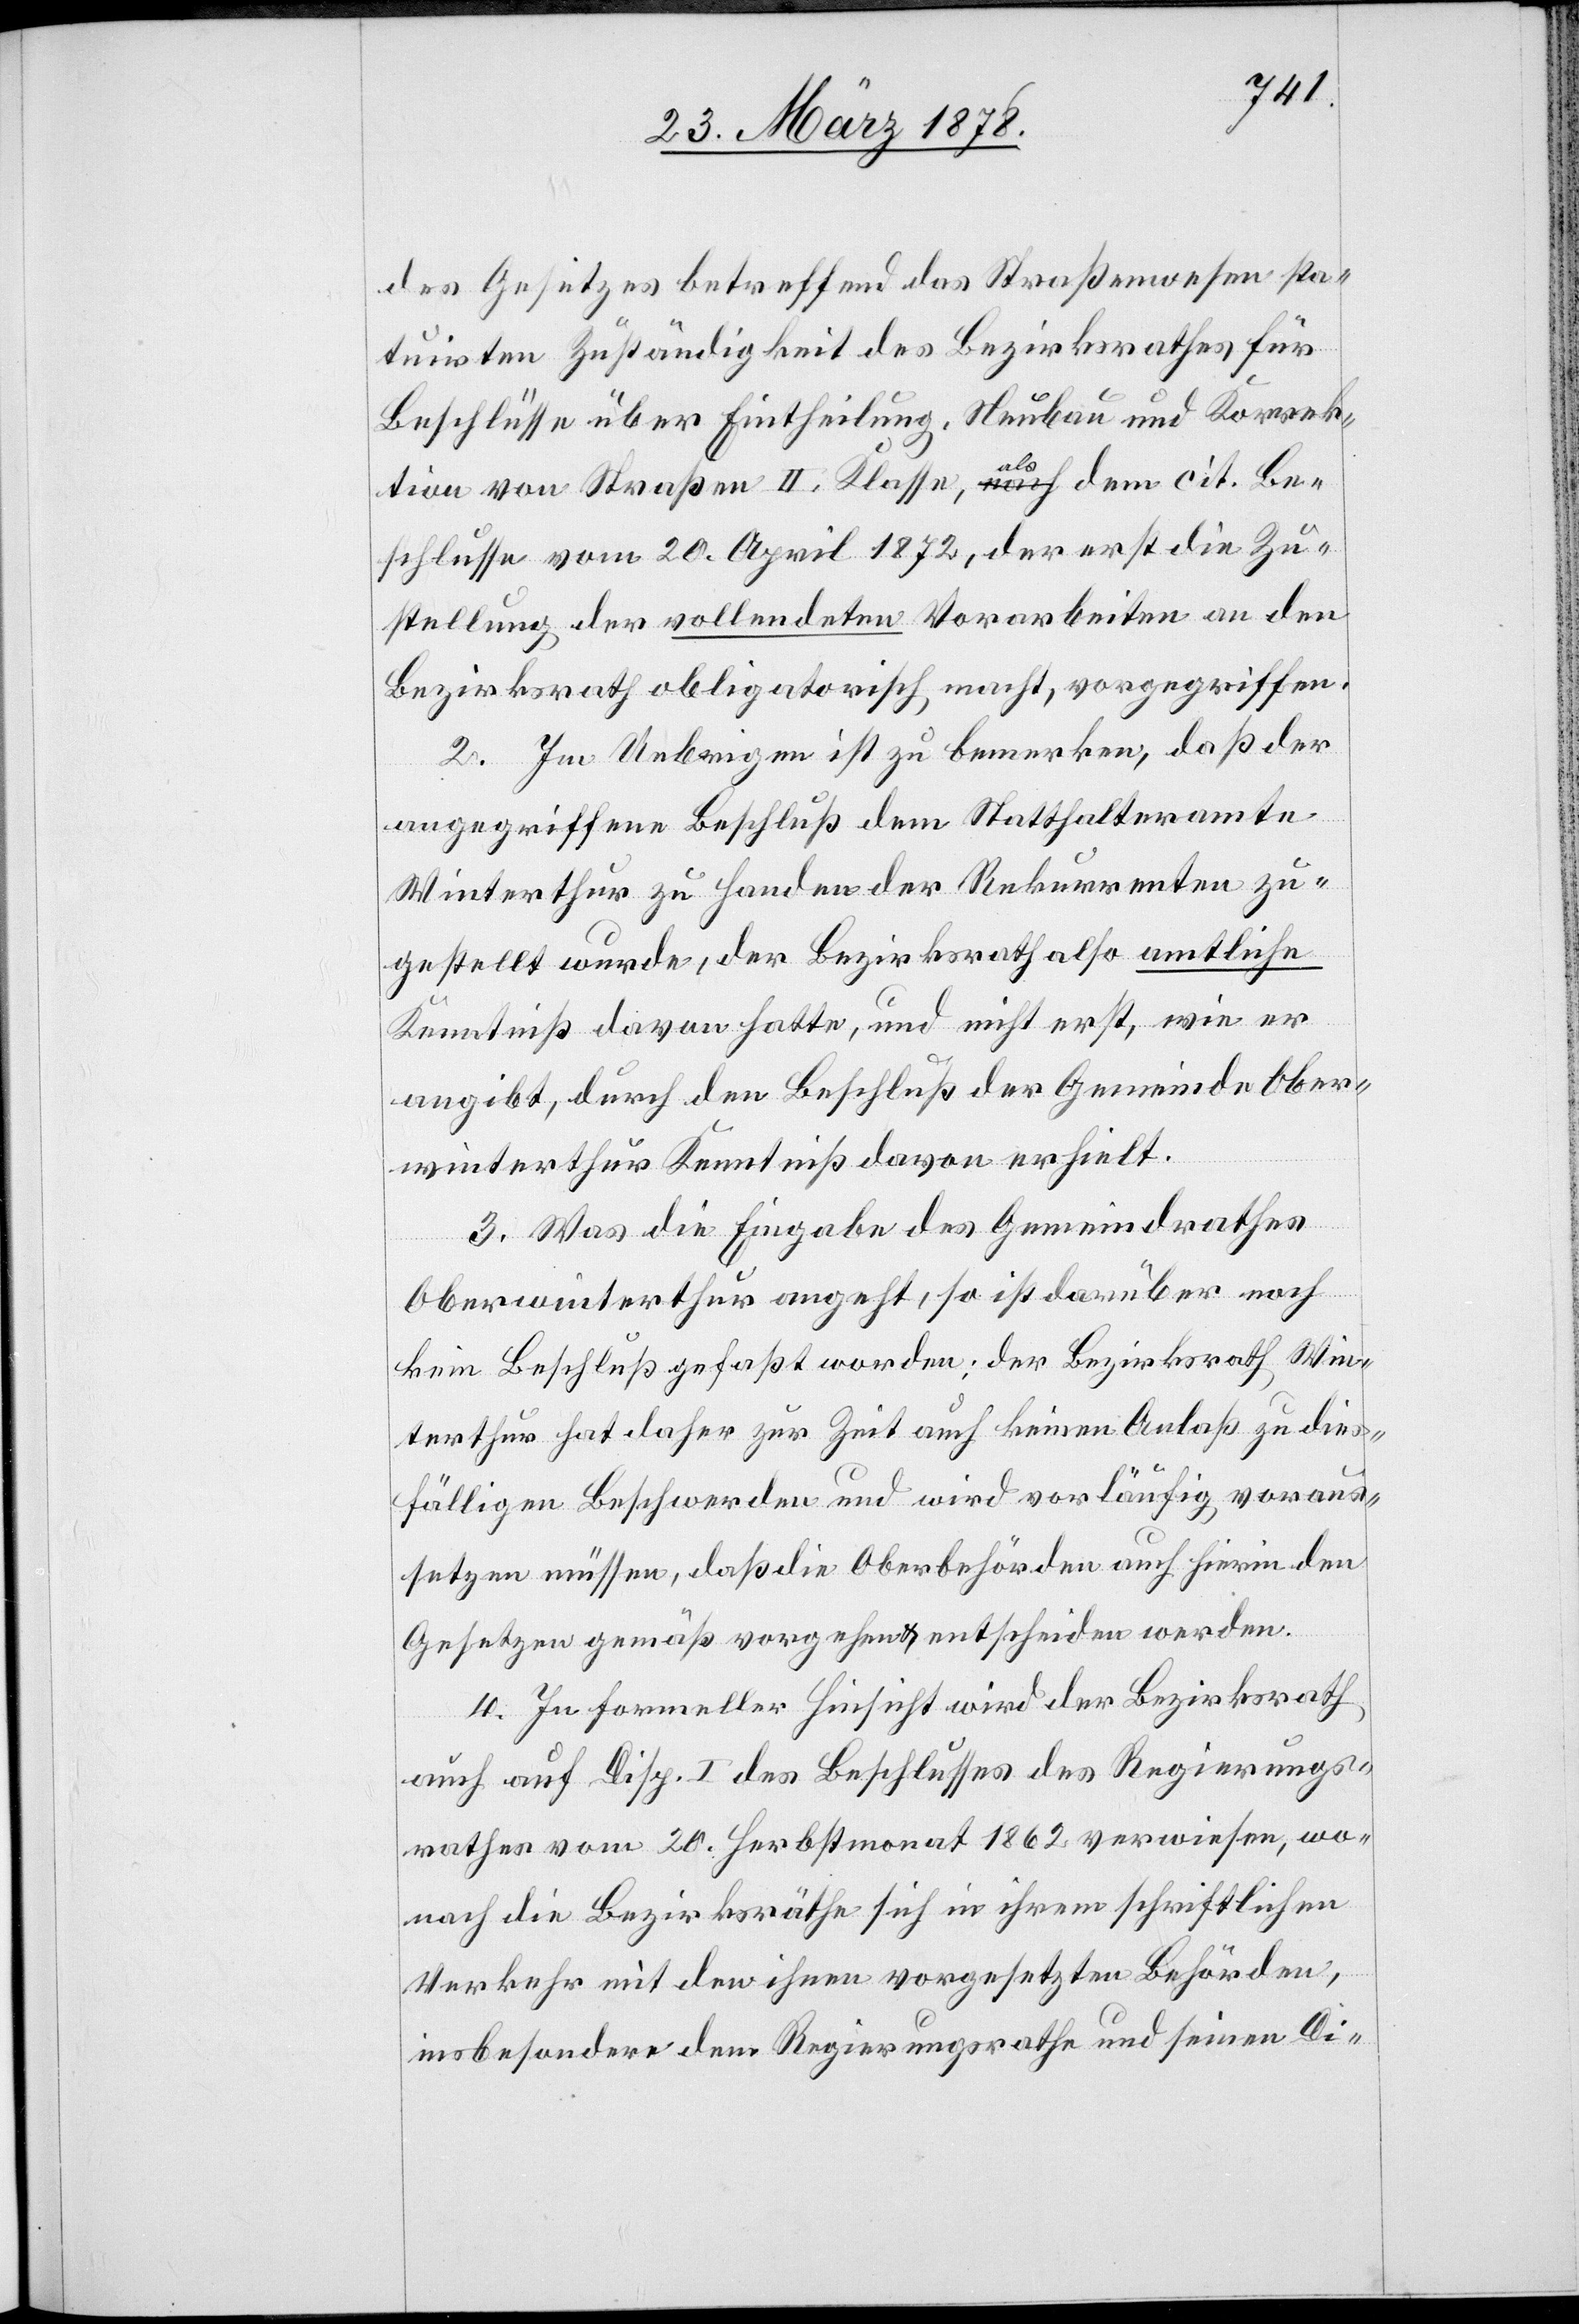
des Gesetzes betreffend das Straßenwesen sta¬
tuirten Zuständigkeit des Bezirksrathes für
Beschlüsse über Eintheilung, Neubau und Korrek¬
tion von Straßen II. Klasse, als dem cit. Be¬
schlusse vom 20. April 1872, der erst die Zu¬
stellung der vollendeten Vorarbeiten an den
Bezirksrath obligatorisch macht, vorgegriffen.
2. Im Uebrigen ist zu bemerken, das der
angegriffene Beschluß dem Statthalteramte
Winterthur zu Handen der Rekurrenten zu¬
gestellt wurde, der Bezirksrath also amtliche
Kenntniß davon hatte, und nicht erst, wie er
angibt, durch den Beschluß der Gemeinde Ober¬
winterthur Kenntniß davon erhielt.
3. Was die Eingabe des Gemeindrathes
Oberwinterthur angeht, so ist darüber noch
kein Beschluß gefaßt worden; der Bezirksrath Win¬
terthur hat daher zur Zeit auch keinen Anlaß zu dies¬
fälligen Beschwerden und wird vorläufig voraus¬
setzen müssen, daß die Oberbehörden auch hierin den
Gesetzen gemäß vorgehen & entscheiden werden.
4. In formeller Hinsicht wird der Bezirksrath
auch auf Disp. I des Beschlusses des Regierungs¬
rathes vom 20. Herbstmonat 1862 verwiesen, wo¬
nach die Bezirksräthe sich in ihrem schriftlichen
Verkehr mit den ihnen vorgesetzten Behörden,
insbesondere dem Regierungsrathe und seinen Di-